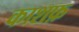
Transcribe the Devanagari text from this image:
काशफ़